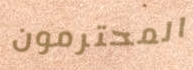
المحترمون